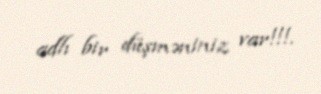
adlı bir düşməniniz var!!!.